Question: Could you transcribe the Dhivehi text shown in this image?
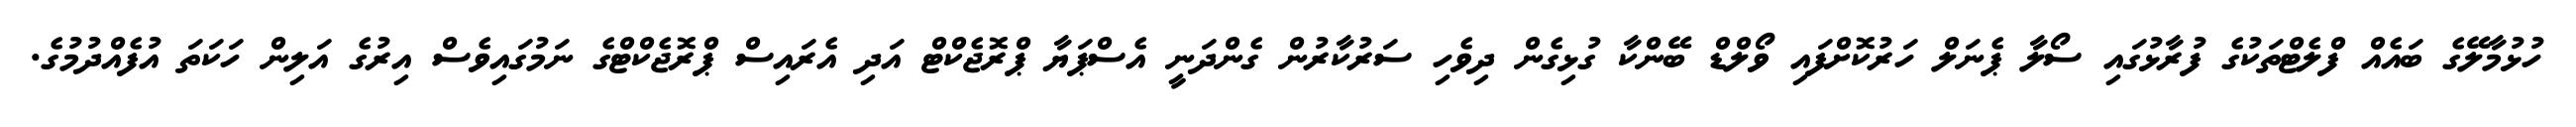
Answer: ހުޅުމާލޭގެ ބައެއް ފްލެޓްތަކުގެ ފުރާޅުގައި ސޯލާ ޕެނަލް ހަރުކޮށްފައި ވޯލްޑް ބޭންކާ ގުޅިގެން ދިވެހި ސަރުކާރުން ގެންދަނީ އެސްޕަޔާ ޕްރޮޖެކްޓް އަދި އެރައިސް ޕްރޮޖެކްޓްގެ ނަމުގައިވެސް އިރުގެ އަލިން ހަކަތަ އުފެއްދުމުގެ.